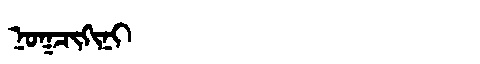
Manchu: ᠨᠣᡴᠴᡳᡴᡳᠨᡳ
Romanization: NOKCIKINI